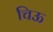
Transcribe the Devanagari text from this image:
चिऊ